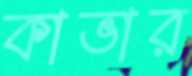
কাভার